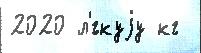
2020 л'́гкуjу кг